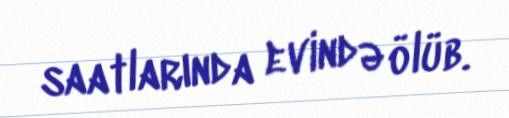
saatlarında evində ölüb.